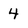
Character: 4